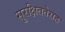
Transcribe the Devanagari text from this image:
सुरक्षिततेसह